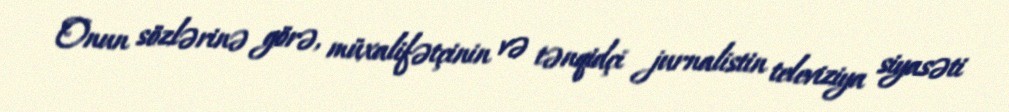
Onun sözlərinə görə, müxalifətçinin və tənqidçi jurnalistin televiziya siyasəti